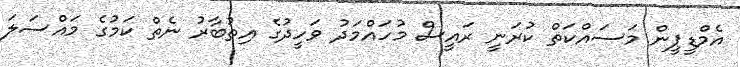
އެމްޑީޕީން މަސައްކަތް ކުރަނީ ރައީސް މުހައްމަދު ވަހީދުގެ އިތުބާރު ނެތް ކަމުގެ މައްސަލަ